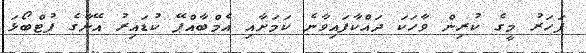
ފަހަރު މީގެ ކުރިން ވާހަކަ ދައްކާފައިވާނެ ކަމަށާއި އެމްބާއްޕޭ ކުޑައިރު އޭނާގެ ފުޓްބޯޅަ